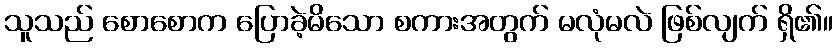
သူသည် စောစောက ပြောခဲ့မိသော စကားအတွက် မလုံမလဲ ဖြစ်လျက် ရှိ၏။